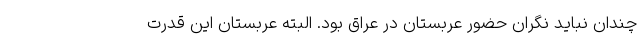
چندان نباید نگران حضور عربستان در عراق بود. البته عربستان این قدرت